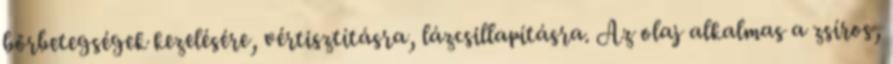
bőrbetegségek kezelésére, vértisztításra, lázcsillapításra. Az olaj alkalmas a zsíros,